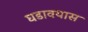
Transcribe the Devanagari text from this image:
घडावयास